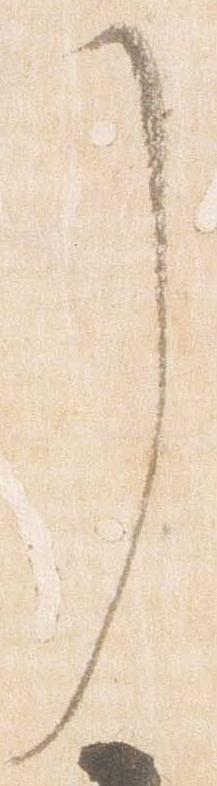
了